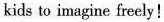
kids to imagine freely!